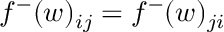
f ^ { - } ( w ) _ { i j } = f ^ { - } ( w ) _ { j i }